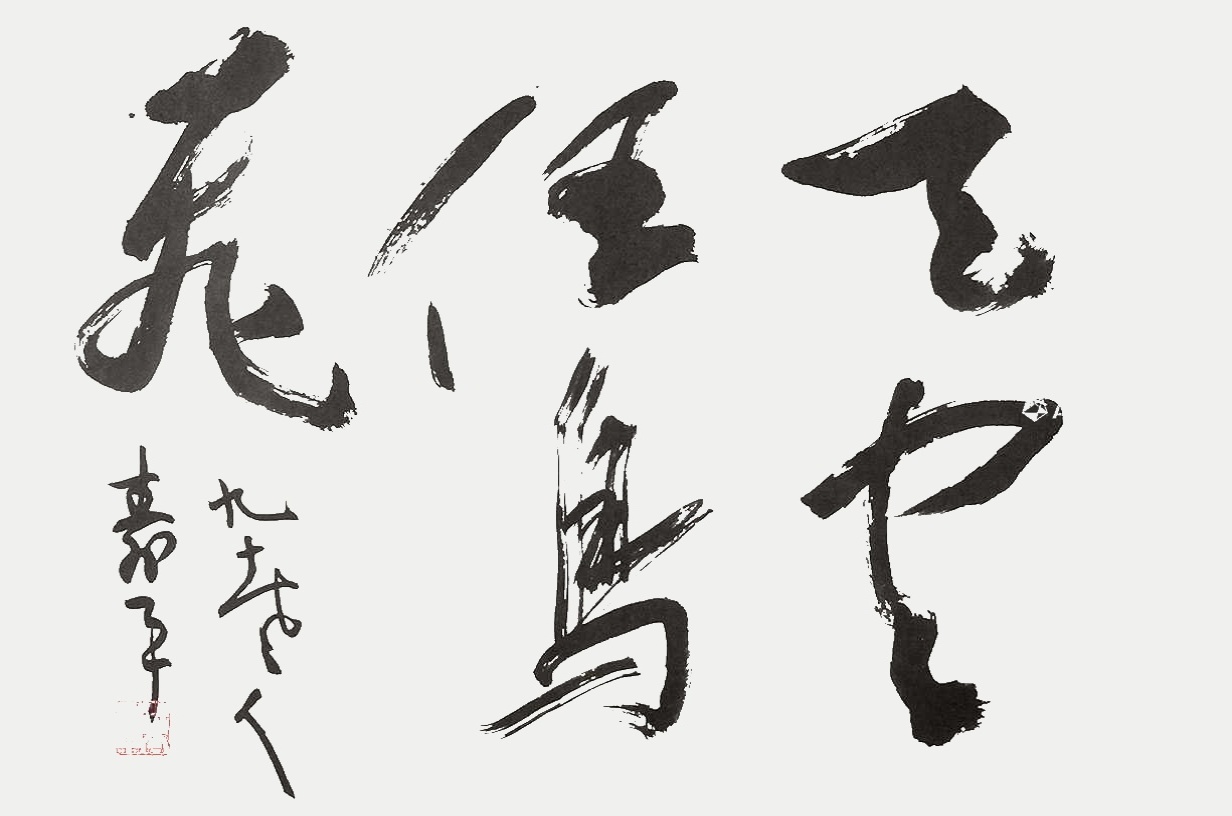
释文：天空任鸟飞。九十老人，寿平。